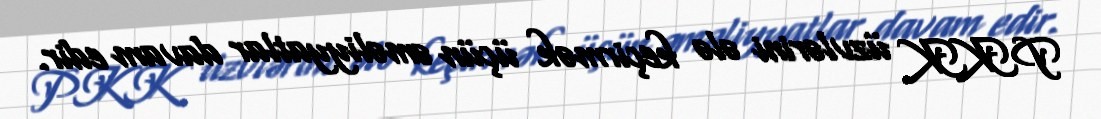
PKK üzvlərini ələ keçirmək üçün əməliyyatlar davam edir.